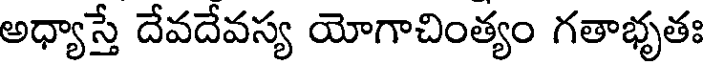
అధ్యాస్తే దేవదేవస్య యోగాచింత్యం గతాభృతః